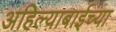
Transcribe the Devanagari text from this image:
अहिल्याबाईच्या